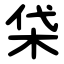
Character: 柋